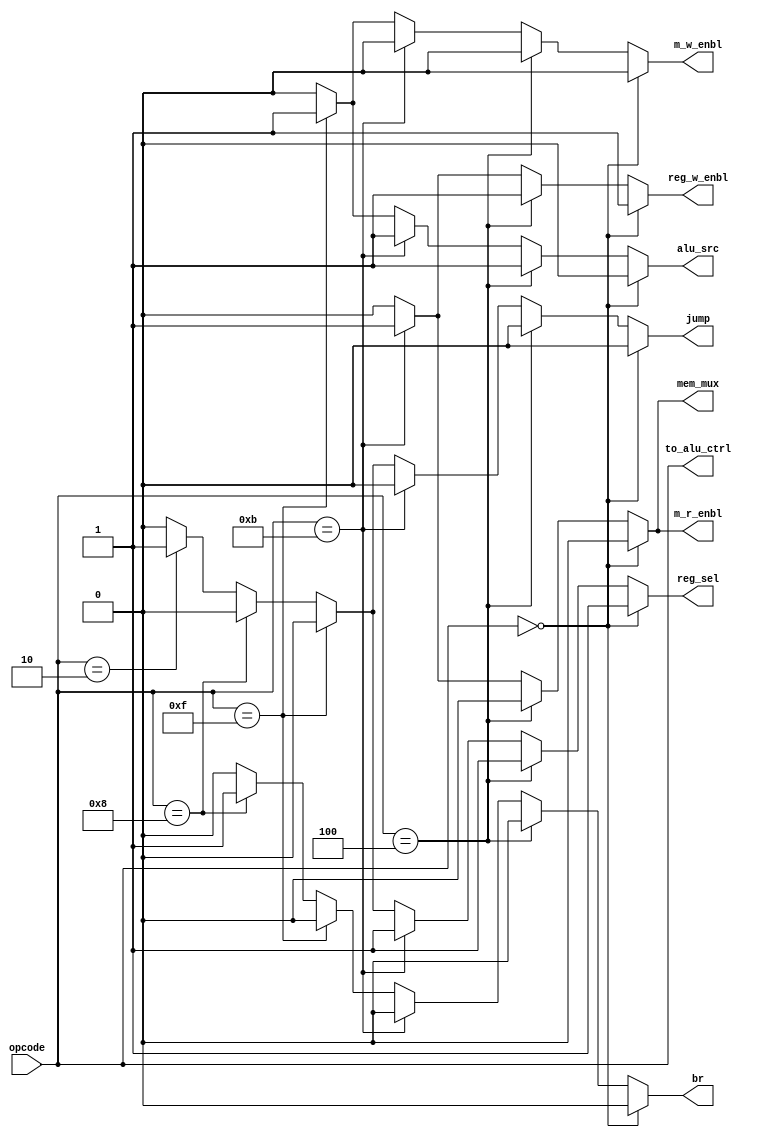
module CONTROL_UNIT
(

input [3:0]  opcode ,

output reg  reg_sel , 
output reg  alu_src ,
output reg  reg_w_enbl , 
output reg  br ,
output reg  jump ,
output reg  m_r_enbl , 
output reg  m_w_enbl ,
output reg  mem_mux ,

output reg  [3:0] to_alu_ctrl

);

always @(opcode)
begin

to_alu_ctrl <= opcode;

if(opcode == 4'b0000)
begin
reg_sel <= 1'b1;    alu_src <= 1'b0;    reg_w_enbl<= 1'b1;     br <= 1'b0;   
jump <= 1'b0;       m_r_enbl <= 1'b0;   m_w_enbl <= 1'b0;       mem_mux <= 1'b0;    
end

else if(opcode == 4'b0100)
begin
reg_sel <= 1'b1;    alu_src <= 1'b1;    reg_w_enbl<= 1'b1;     br <= 1'b0;   
jump <= 1'b0;       m_r_enbl <= 1'b0;   m_w_enbl <= 1'b0;       mem_mux <= 1'b0;    
end


else if(opcode == 4'b1011)
begin
reg_sel <= 1'b1;    alu_src <= 1'b1;    reg_w_enbl<= 1'b1;     br <= 1'b0;   
jump <= 1'b0;       m_r_enbl <= 1'b1;   m_w_enbl <= 1'b0;       mem_mux <= 1'b1;    
end

else if(opcode == 4'b1111)
begin
reg_sel <= 1'b0;    alu_src <= 1'b1;    reg_w_enbl<= 1'b0;     br <= 1'b0;   
jump <= 1'b0;       m_r_enbl <= 1'b0;   m_w_enbl <= 1'b1;       mem_mux <= 1'b0;    
end

else if(opcode == 4'b1000)
begin
reg_sel <= 1'b0;    alu_src <= 1'b0;    reg_w_enbl<= 1'b0;     br <= 1'b1;   
jump <= 1'b0;       m_r_enbl <= 1'b0;   m_w_enbl <= 1'b0;       mem_mux <= 1'b0;    
end

else if(opcode == 4'b0010)
begin
reg_sel <= 1'b1;    alu_src <= 1'b0;    reg_w_enbl<= 1'b0;     br <= 1'b0;   
jump <= 1'b1;       m_r_enbl <= 1'b0;   m_w_enbl <= 1'b0;       mem_mux <= 1'b0;    
end


else
begin
reg_sel <= 1'b0;    alu_src <= 1'b0;    reg_w_enbl<= 1'b0;     br <= 1'b0;   
jump <= 1'b0;       m_r_enbl <= 1'b0;   m_w_enbl <= 1'b0;       mem_mux <= 1'b0;    
end


end
endmodule